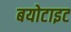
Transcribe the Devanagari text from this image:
बयोटाइट